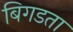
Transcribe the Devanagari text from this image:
बिगडता